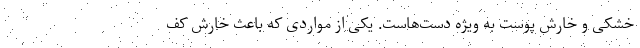
خشکی و خارش پوست به ویژه دست‌هاست. یکی از مواردی که باعث خارش کف